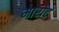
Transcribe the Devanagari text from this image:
मारोट